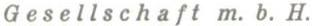
Gesellschaft m. b. H.